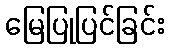
မြေပြုပြင်ခြင်း